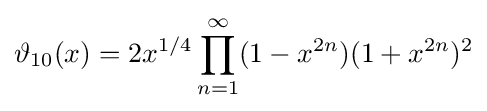
\vartheta _{10}(x)=2x^{1/4}\prod _{n=1}^{\infty }(1-x^{2n})(1+x^{2n})^{2}